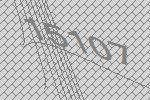
15107